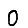
Digit: 0